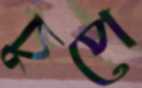
চুপে